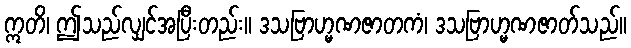
ဣတိ၊ ဤသည်လျှင်အပြီးတည်း။ ဒသဗြာဟ္မဏဇာတကံ၊ ဒသဗြာဟ္မဏဇာတ်သည်။